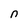
Character: n